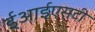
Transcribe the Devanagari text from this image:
ईआईएसटी